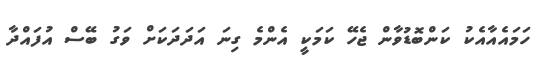
ހަމައެއާއެކު ކަންބޮޑުވާން ޖެހޭ ކަމަކީ އެންމެ ގިނަ އަދަދަކަށް ވަގު ބޭސް އުފައްދާ